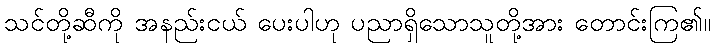
သင်တို့ဆီကို အနည်းငယ် ပေးပါဟု ပညာရှိသောသူတို့အား တောင်းကြ၏။